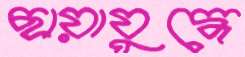
ছায়াযুদ্ধে